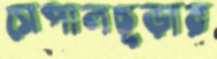
সেপালচূড়ার